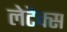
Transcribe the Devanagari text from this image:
लेटैक्स